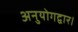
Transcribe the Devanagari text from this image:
अनुयोगद्वार।